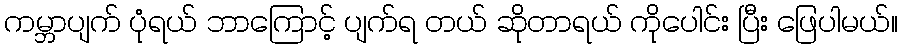
ကမ္ဘာပျက် ပုံရယ် ဘာကြောင့် ပျက်ရ တယ် ဆိုတာရယ် ကိုပေါင်း ပြီး ဖြေပါမယ်။